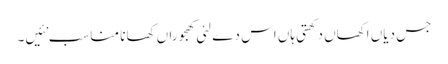
جس دیاں اکھاں دکھتی ہاں اس دے لئی کھجوراں کھانا مناسب نئیں۔